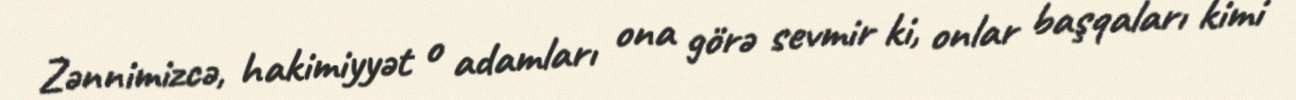
Zənnimizcə, hakimiyyət o adamları ona görə sevmir ki, onlar başqaları kimi